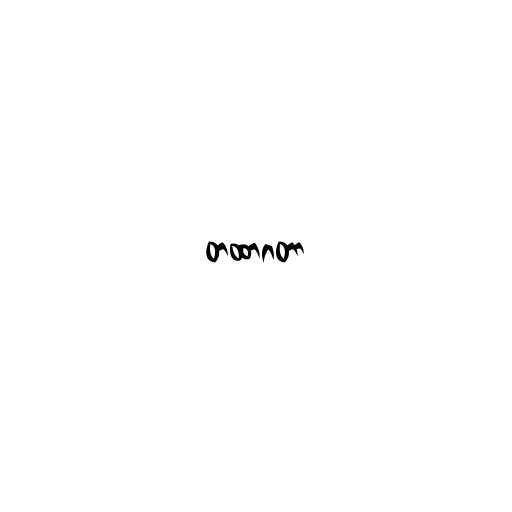
တထာဂတာ